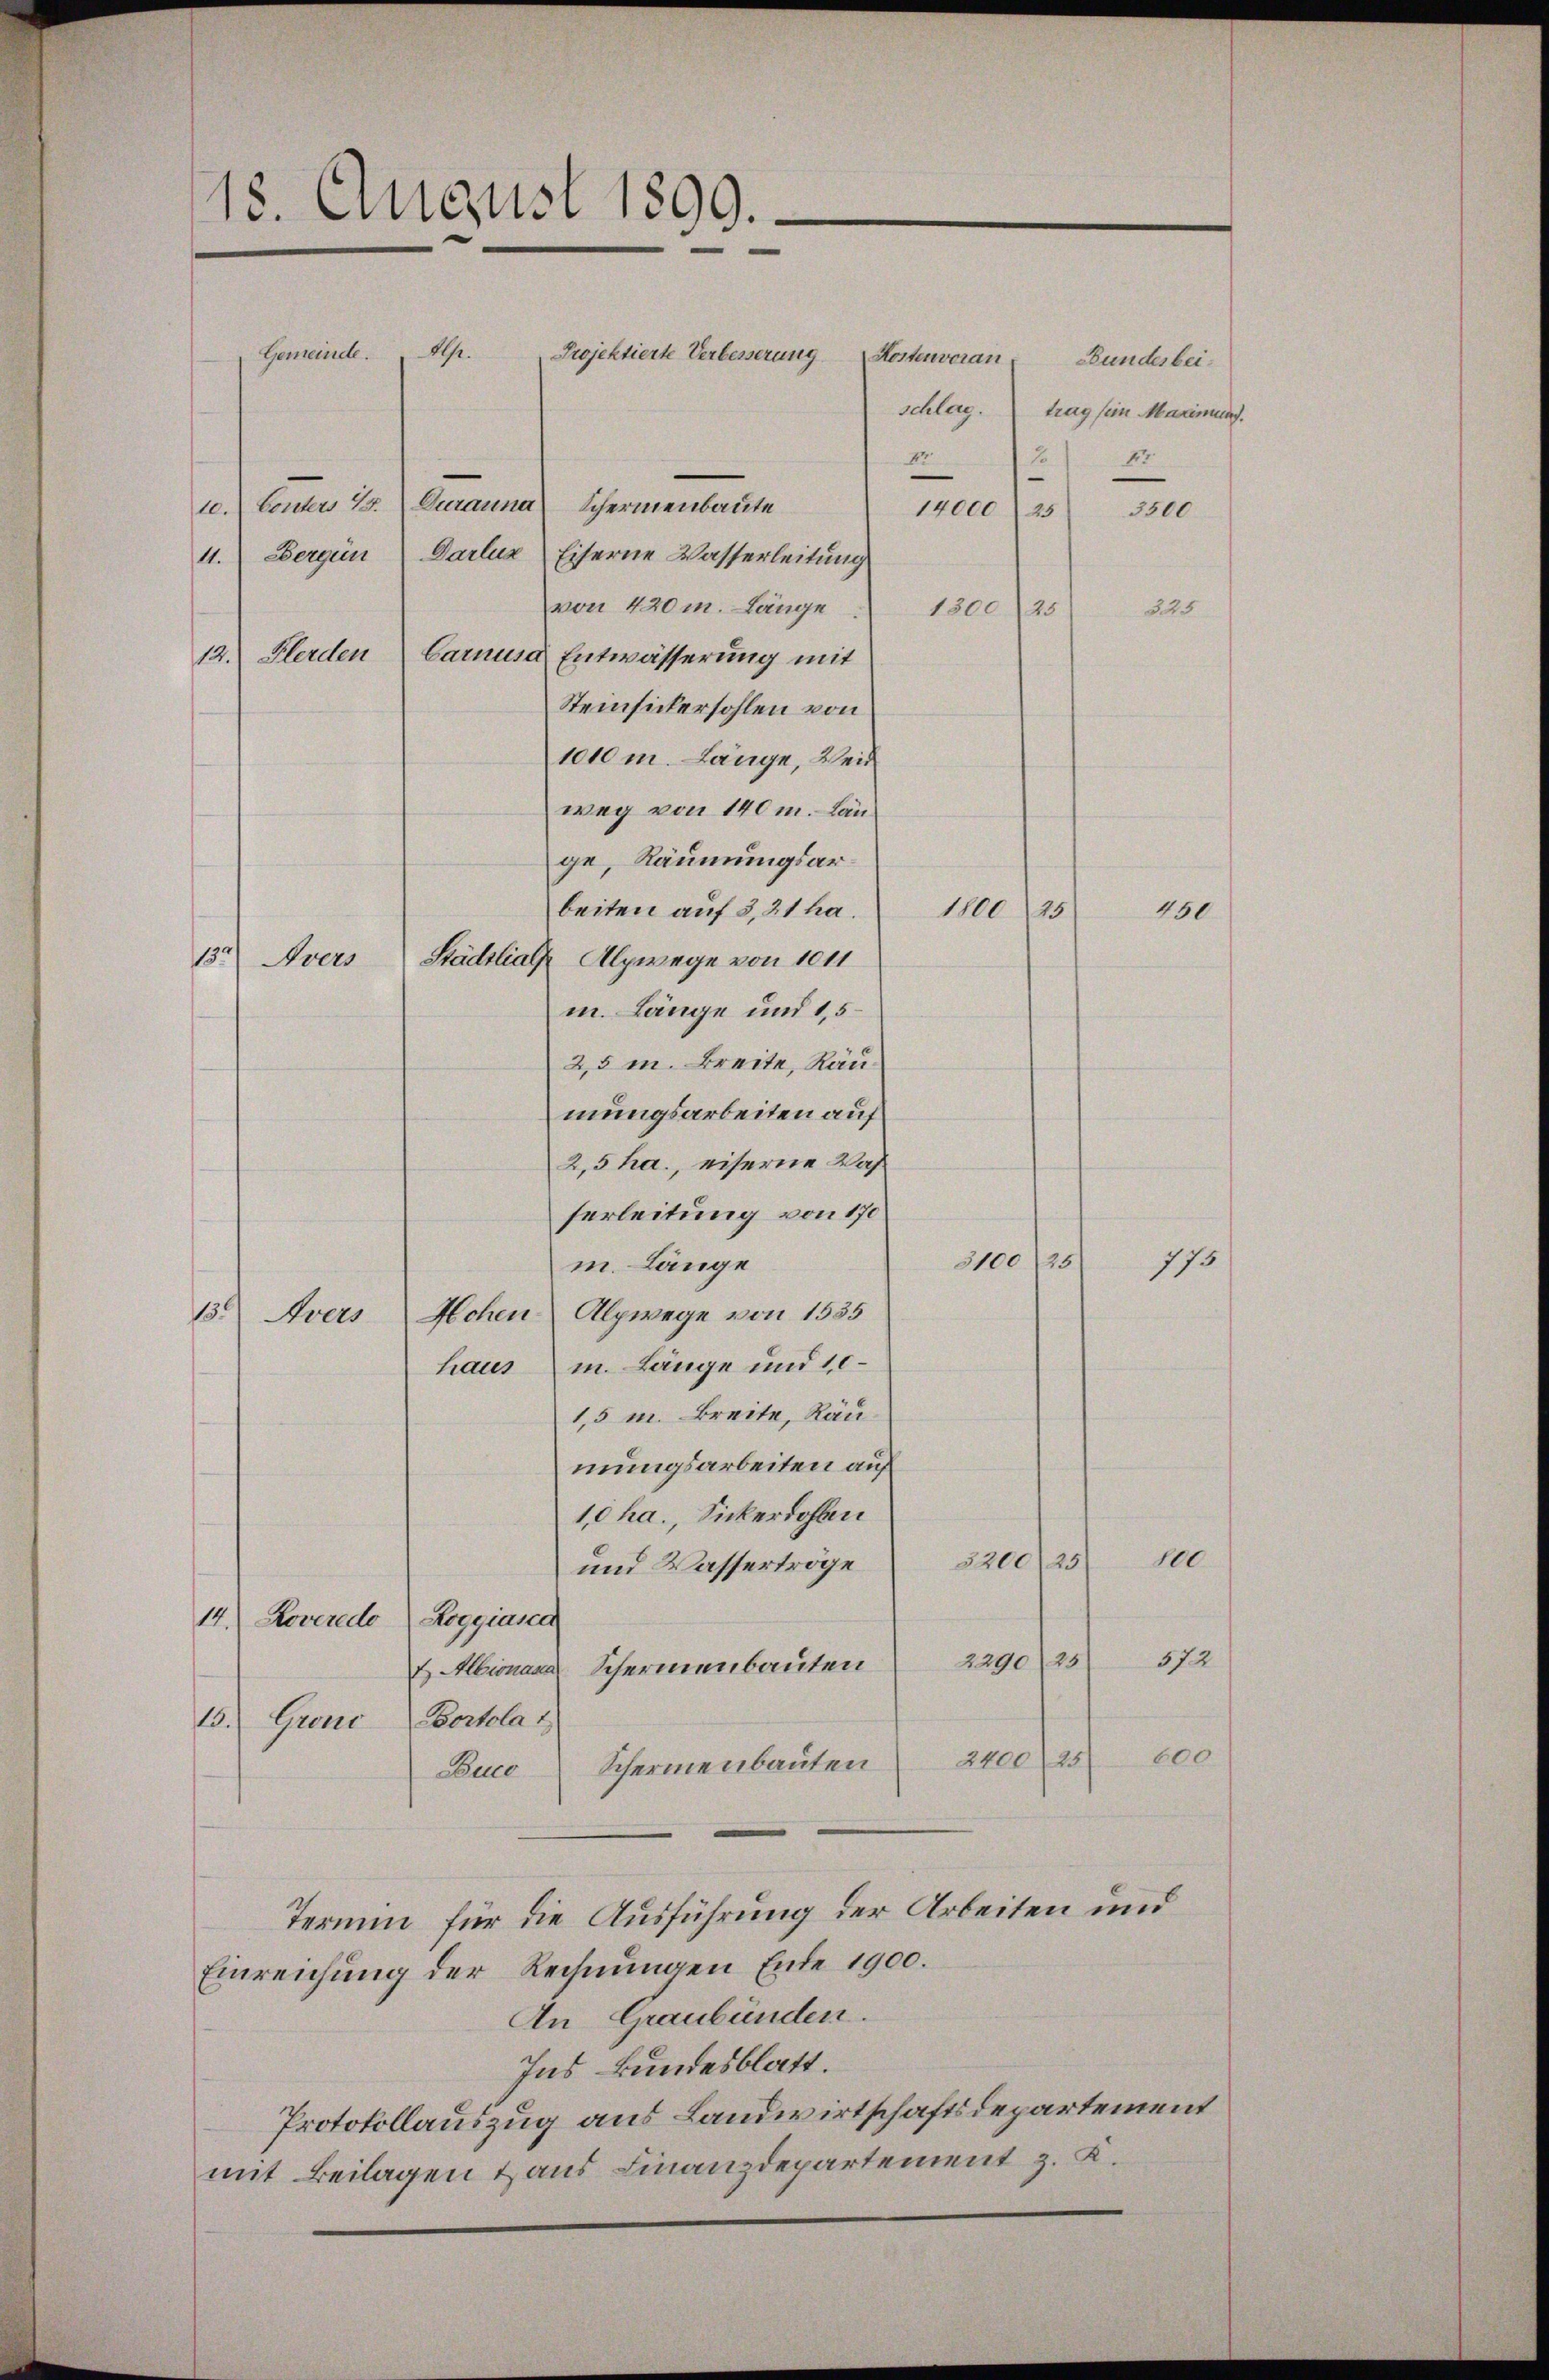
18. August 1899.

Gemeinde. Alp.
Projektierte Verbesserung
10

10.) Conters E. Durauna Schermenbaute
14000 (25 3500
11. Bergün Darluz Eiserne Wasserleitŭng
von 420 m. Länge
1300 (25
225
12.) Herden
Carnusa Entwässerung mit
Steinsichersohlen von
1010 m. Länge, Weis
weg von 140 m. Länge, Räumungsar¬
1800 (25
beiten auf 3,21 ha.
13. Avers Stadtlial Alpwege von 1011
m. Länge und 15
2,5 m. Breite, Raumungsarbeiten auf
2,5 ha., eiserne Wasferleitung von 170
3100125/
m. Länge
Hohen Alpwege von 1535
13.) Nico
haus m. Länge und 10
1,5 m. Breite, Räu
mungsarbeiten auf
10 ha., Sickerdohlen
100
3200/25/
und Wasserträge
14.) Roveredo Roggiasca
572
u Albionara Schermenbauten 2290 25
13. Grene Portolat
600
2400 25
Duco Schermenbauten
Termin für die Ausführung der Arbeiten und
Einreichung der Rechnungen Ende 1900.
An Graubünden.
Ins Bundesblatt.
Protokollauszug aus Landwirtschaftsdepartement
mit Beilagen & aus Finanzdepartement z. K.

Kostenvoran Bundesbei¬

Fr

schlag. trag sein Maximund.
Fr

160

775